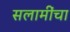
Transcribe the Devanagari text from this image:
सलामींचा